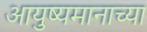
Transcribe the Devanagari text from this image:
आयुष्यमानाच्या